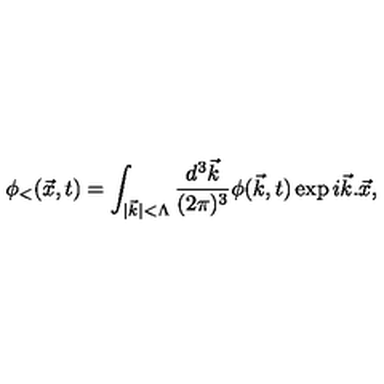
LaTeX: \phi _ { < } ( \vec { x } , t ) = \int _ { \vert \vec { k } \vert < \Lambda } { \frac { d ^ { 3 } \vec { k } } { ( 2 \pi ) ^ { 3 } } } \phi ( \vec { k } , t ) \exp { i \vec { k } . \vec { x } } ,